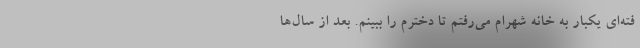
فته‌ای یکبار به خانه شهرام می‌رفتم تا دخترم را ببینم. بعد از سال‌ها